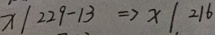
x \vert 2 2 9 - 1 3 \Rightarrow x \vert 2 1 6